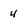
Character: 4